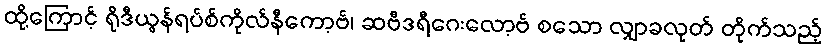
ထို့ကြောင့် ရိုဒီယွန်ရပ်စ်ကိုလ်နီကော့ဗ်၊ ဆဗီဒရီဂေးလော့ဗ် စသော လျှာခလုတ် တိုက်သည့်